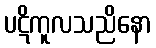
ပဋိကူလသညိနော